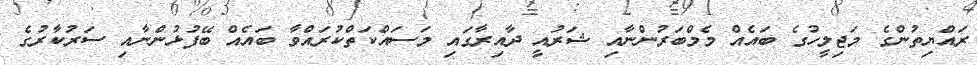
ރައްޔިތުންގެ މަޖިލީހުގެ ބައެއް މެމްބަރުންނާއި ޝަރުއީ ދާއިރާގައި މަސައްކަތްކުރައްވާ ބައެއް ބޭފުޅުންނާއި ސަރުކާރުގެ